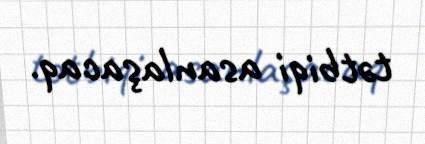
tətbiqi asanlaşacaq.